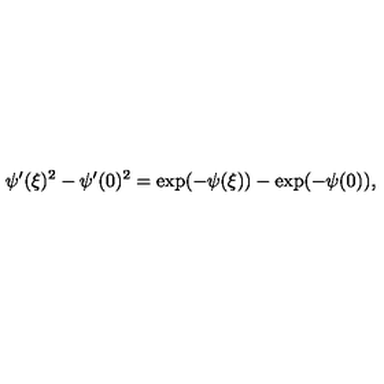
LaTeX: \psi ^ { \prime } ( \xi ) ^ { 2 } - \psi ^ { \prime } ( 0 ) ^ { 2 } = \exp ( - \psi ( \xi ) ) - \exp ( - \psi ( 0 ) ) ,